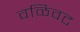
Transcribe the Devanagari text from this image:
वळिवट